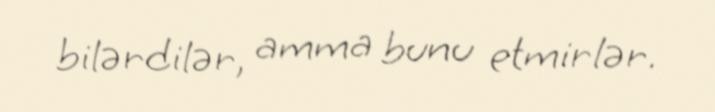
bilərdilər, amma bunu etmirlər.